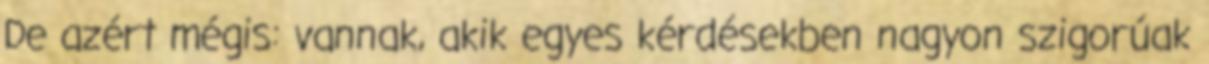
De azért mégis: vannak, akik egyes kérdésekben nagyon szigorúak